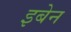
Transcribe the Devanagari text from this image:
इबेन